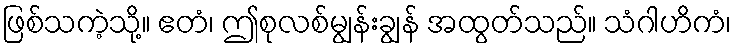
ဖြစ်သကဲ့သို့။ ဧတံ၊ ဤစုလစ်မျွန်းချွန် အထွတ်သည်။ သံဂါဟိကံ၊